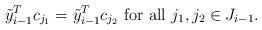
LaTeX: \begin{align*}\tilde{y}_{i-1}^{T}c_{j_{1}}=\tilde{y}_{i-1}^{T}c_{j_{2}}\mbox{ for all }j_{1},j_{2}\in J_{i-1}.\end{align*}